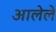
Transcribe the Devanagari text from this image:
अालेले